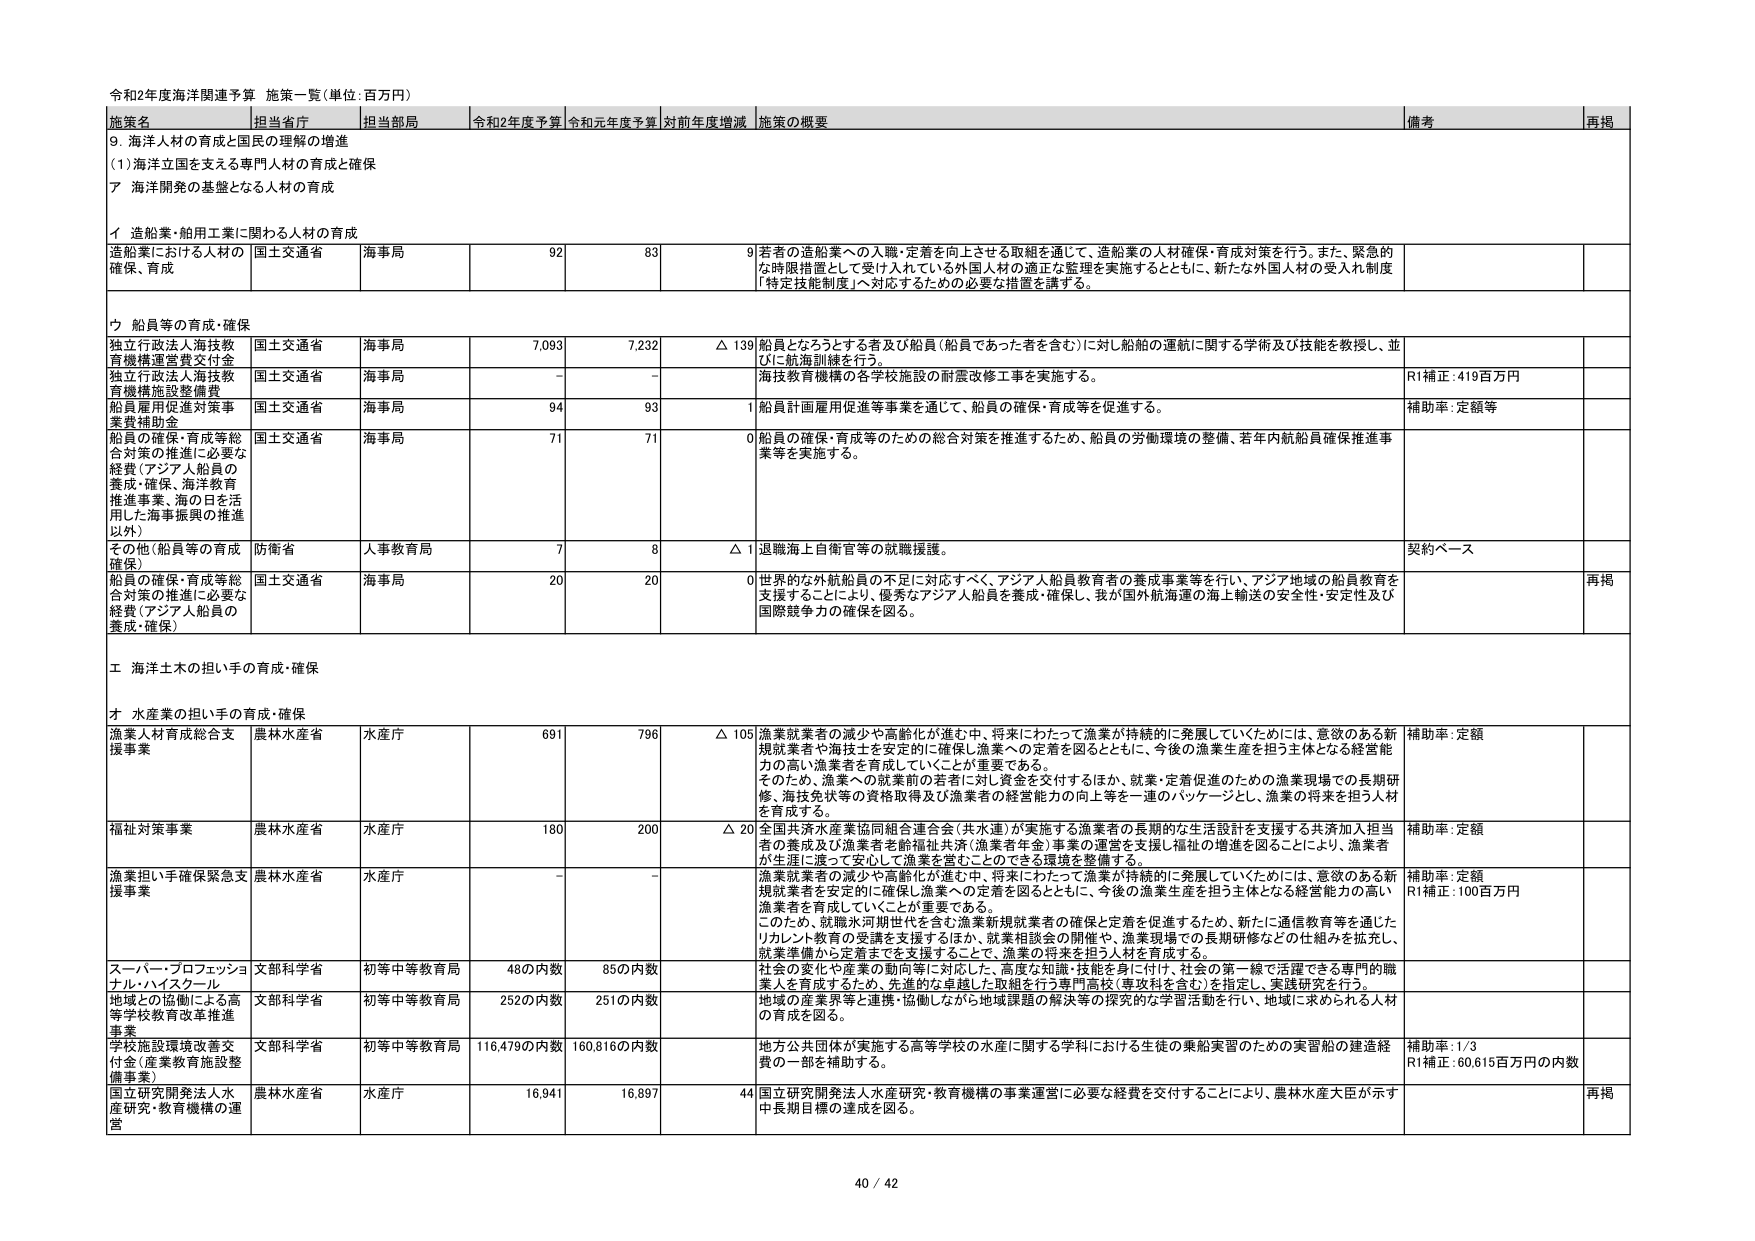
令和2年度海洋関連予算 施策一覧（単位：百万円）

施策名 担当省庁 担当部局 令和2年度予算 令和元年度予算 対前年度増減 施策の概要 備考 再掲

9. 海洋人材の育成と国民の理解の増進
(1) 海洋立国を支える専門人材の育成と確保
ア 海洋開発の基盤となる人材の育成

イ 造船業・舶用工業に関わる人材の育成
造船業における人材の確保・育成 国土交通省 海事局 92 83 9 若者の造船業への入職・定着を向上させる取組を通じて、造船業の人材確保・育成対策を行う。また、緊急的な時限措置として受け入れている外国人材の適正な管理を実施するとともに、新たな外国人材の受入れ制度「特定技能制度」へ対応するための必要な措置を講ずる。

ウ 船員等の育成・確保
独立行政法人海技教育機構運営費交付金 国土交通省 海事局 7,093 7,232 △ 139 船員となろうとする者及び船員（船員であった者を含む）に対し船舶の運航に関する学術及び技能を教授し、並びに航海訓練を行う。
独立行政法人海技教育機構施設整備費 国土交通省 海事局 - - 海技教育機構の各学校施設の耐震改修工事を実施する。 R1補正：419百万円
船員雇用促進対策事業費補助金 国土交通省 海事局 94 93 1 船員計画雇用促進等事業を通じて、船員の確保・育成等を促進する。 補助率：定額等
船員の確保・育成等総合対策の推進に必要な経費（アジア人船員の養成・確保、海洋教育推進事業、海の日を活用した海事振興の推進以外） 国土交通省 海事局 71 71 0 船員の確保・育成等のための総合対策を推進するため、船員の労働環境の整備、若年内航船員確保推進事業等を実施する。

その他（船員等の育成確保） 防衛省 人事教育局 7 8 △ 1 退職海上自衛官等の就職援護。 契約ベース
船員の確保・育成等総合対策の推進に必要な経費（アジア人船員の養成・確保） 国土交通省 海事局 20 20 0 世界的な外航船員の不足に対応すべく、アジア人船員教育者の養成事業等を行い、アジア地域の船員教育を支援することにより、優秀なアジア人船員を養成・確保し、我が国外航海運の海上輸送の安全性・安定性及び国際競争力の確保を図る。 再掲

エ 海洋土木の担い手の育成・確保

オ 水産業の担い手の育成・確保
漁業人材育成総合支援事業 農林水産省 水産庁 691 796 △ 105 漁業就業者の減少や高齢化が進む中、将来にわたって漁業が持続的に発展していくためには、意欲のある新規就業者や海技士を安定的に確保し漁業への定着を図るとともに、今後の漁業生産を担う主体となる経営能力の高い漁業者を育成していくことが重要である。そのため、漁業への就業前の若者に対し資金を交付するほか、就業・定着促進のための漁業現場での長期研修、海技免状等の資格取得及び漁業者の経営能力の向上等を一連のパッケージとし、漁業の将来を担う人材を育成する。 補助率：定額
福祉対策事業 農林水産省 水産庁 180 200 △ 20 全国共済水産業協同組合連合会（共水連）が実施する漁業者の長期的な生活設計を支援する共済加入担当者の養成及び漁業者老齢福祉共済（漁業者年金）事業の運営を支援し福祉の増進を図ることにより、漁業者が生涯に渡って安心して漁業を営むことのできる環境を整備する。 補助率：定額
漁業担い手確保緊急支援事業 農林水産省 水産庁 - - 漁業就業者の減少や高齢化が進む中、将来にわたって漁業が持続的に発展していくためには、意欲のある新規就業者を安定的に確保し漁業への定着を図るとともに、今後の漁業生産を担う主体となる経営能力の高い漁業者を育成していくことが重要である。このため、就職氷河期世代を含む漁業新規就業者の確保と定着を促進するため、新たに通信教育等を通じたリカレント教育の受講を支援するほか、就業相談会の開催や、漁業現場での長期研修などの仕組みを拡充し、就業準備から定着までを支援することで、漁業の将来を担う人材を育成する。 補助率：定額 R1補正：100百万円
スーパープロフェッショナル・ハイスクール 文部科学省 初等中等教育局 48の内数 85の内数 社会の変化や産業の動向等に対応した、高度な知識・技能を身に付け、社会の第一線で活躍できる専門的職業人を育成するため、先進的な卓越した取組を行う専門高校（専攻科を含む）を指定し、実践研究を行う。
地域との協働による高等学校教育改革推進事業 文部科学省 初等中等教育局 252の内数 251の内数 地域の産業界等と連携・協働しながら地域課題の解決等の探究的な学習活動を行い、地域に求められる人材の育成を図る。
学校施設環境改善交付金（産業教育施設整備事業） 文部科学省 初等中等教育局 116,479の内数 160,816の内数 地方公共団体が実施する高等学校の水産に関する学科における生徒の乗船実習のための実習船の建造経費の一部を補助する。 補助率：1/3 R1補正：60,615百万円の内数
国立研究開発法人水産研究・教育機構の運営 農林水産省 水産庁 16,941 16,897 44 国立研究開発法人水産研究・教育機構の事業運営に必要な経費を交付することにより、農林水産大臣が示す中長期目標の達成を図る。 再掲

40 / 42